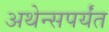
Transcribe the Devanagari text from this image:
अथेन्सपर्यंत